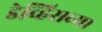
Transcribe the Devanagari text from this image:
डेव्हिसच्या